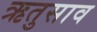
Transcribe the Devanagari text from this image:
ऋतुसाव